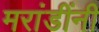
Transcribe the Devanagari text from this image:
मरांडींनी